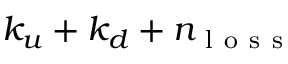
k _ { u } + k _ { d } + n _ { \mathrm { ~ l ~ o ~ s ~ s ~ } }